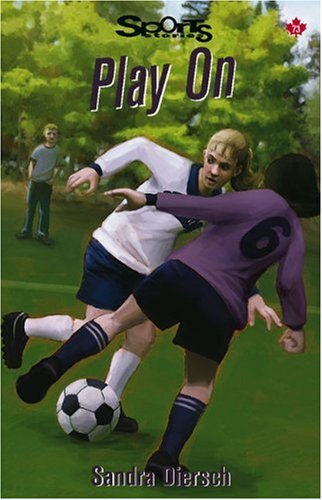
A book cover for Play On (Lorimer Sports Stories); Sandra Diersch; Children's Books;